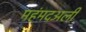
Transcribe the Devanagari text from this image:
महंमदअली